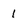
Character: 1